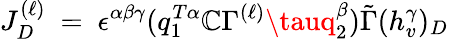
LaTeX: J_{D}^{(\ell)}~=~\epsilon^{\alpha\beta\gamma}(q_{1}^{T\alpha}\mathbb{C}\Gamma^{(\ell)}\tauq_{2}^{\beta}){\tilde{{\Gamma}}}(h_{v}^{\gamma})_{D}